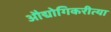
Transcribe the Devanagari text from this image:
औद्योगिकरीत्या